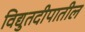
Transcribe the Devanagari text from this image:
विद्युतदीपातील